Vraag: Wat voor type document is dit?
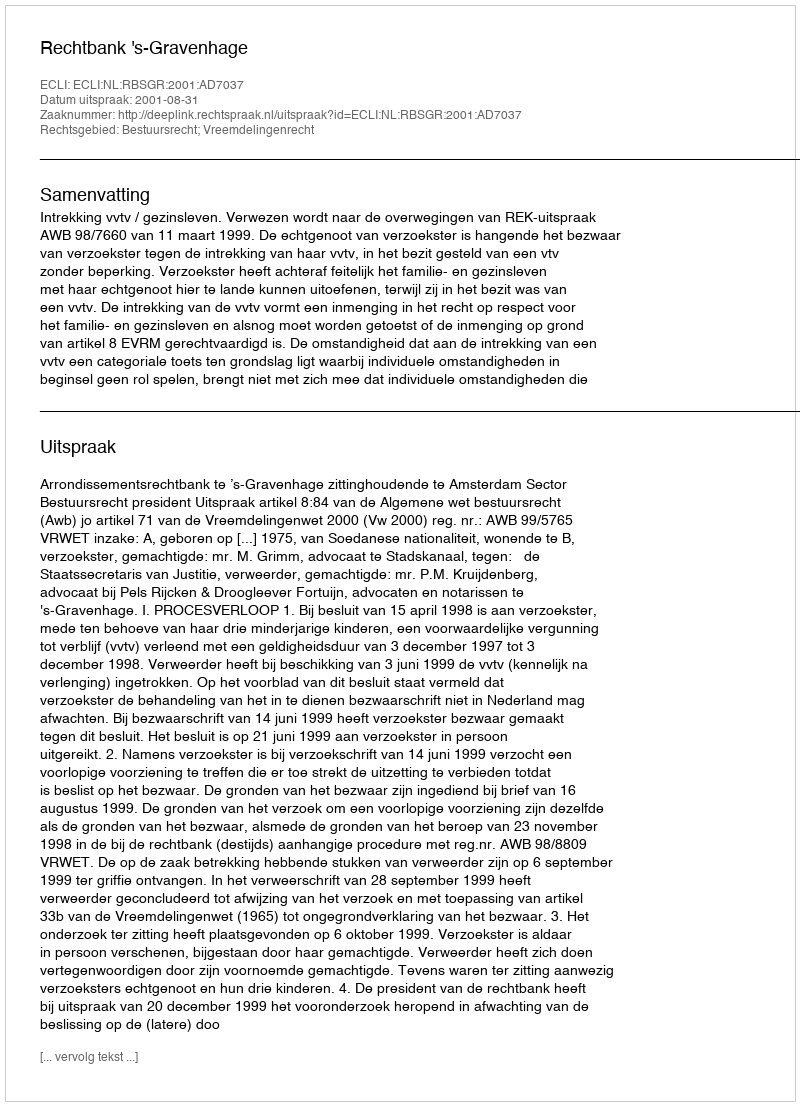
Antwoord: Uitspraak